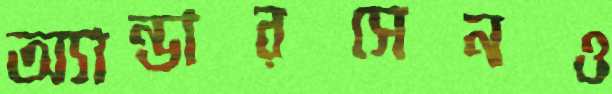
অ্যান্ডারসেনও